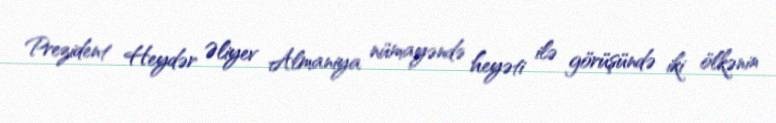
Prezident Heydər Əliyev Almaniya nümayəndə heyəti ilə görüşündə iki ölkənin